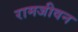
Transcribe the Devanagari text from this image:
रामजीवन